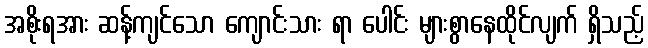
အစိုးရအား ဆန့်ကျင်သော ကျောင်းသား ရာ ပေါင်း များစွာနေထိုင်လျက် ရှိသည့်